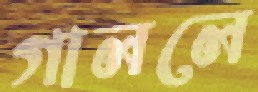
গাললে